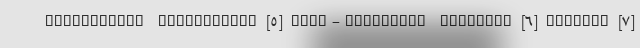
sychopathic personality [۵] self-conscious cynicism [۶] Asshole [۷]